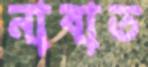
নাবাত